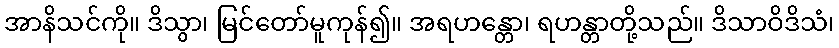
အာနိသင်ကို။ ဒိသွာ၊ မြင်တော်မူကုန်၍။ အရဟန္တော၊ ရဟန္တာတို့သည်။ ဒိသာဝိဒိသံ၊